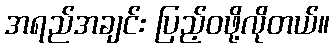
အရည်အချင်း ပြည့်ဝဖို့လိုတယ်။